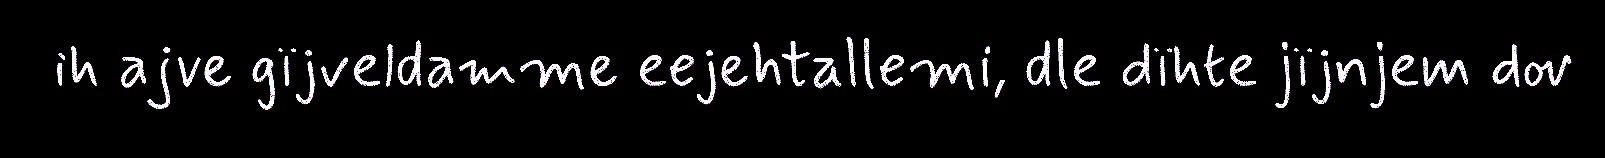
ih ajve gïjveldamme eejehtallemi, dle dïhte jïjnjem dov